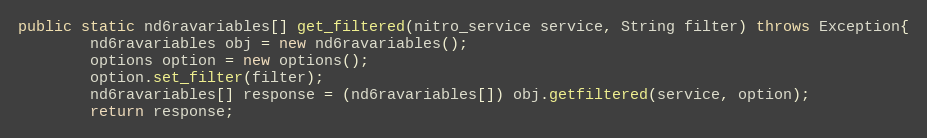
Language: Java
public static nd6ravariables[] get_filtered(nitro_service service, String filter) throws Exception{
		nd6ravariables obj = new nd6ravariables();
		options option = new options();
		option.set_filter(filter);
		nd6ravariables[] response = (nd6ravariables[]) obj.getfiltered(service, option);
		return response;